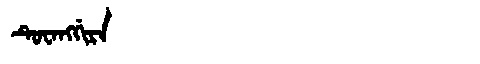
Manchu: ᡨᡠᠸᠠᠩᡤᡳᡵᠠ
Romanization: TUWANGGIRA